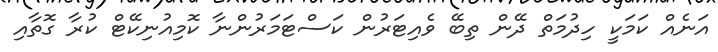
އަނެއް ކަމަކީ ހިދުމަތް ދޭން ތިބޭ ވެއިޓަރުން ކަސްޓަމަރުންނާ ކޮމިއުނިކޭޓް ކުރާ ގޮތާއި